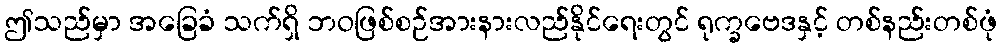
ဤသည်မှာ အခြေခံ သက်ရှိ ဘဝဖြစ်စဉ်အားနားလည်နိုင်ရေးတွင် ရုက္ခဗေဒနှင့် တစ်နည်းတစ်ဖုံ